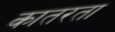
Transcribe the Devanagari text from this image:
कातरता